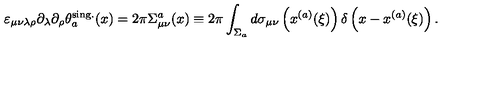
\varepsilon _ { \mu \nu \lambda \rho } \partial _ { \lambda } \partial _ { \rho } \theta _ { a } ^ { \mathrm { s i n g . } } ( x ) = 2 \pi \Sigma _ { \mu \nu } ^ { a } ( x ) \equiv 2 \pi \int _ { \Sigma _ { a } } ^ { } d \sigma _ { \mu \nu } \left( x ^ { ( a ) } ( \xi ) \right) \delta \left( x - x ^ { ( a ) } ( \xi ) \right) .